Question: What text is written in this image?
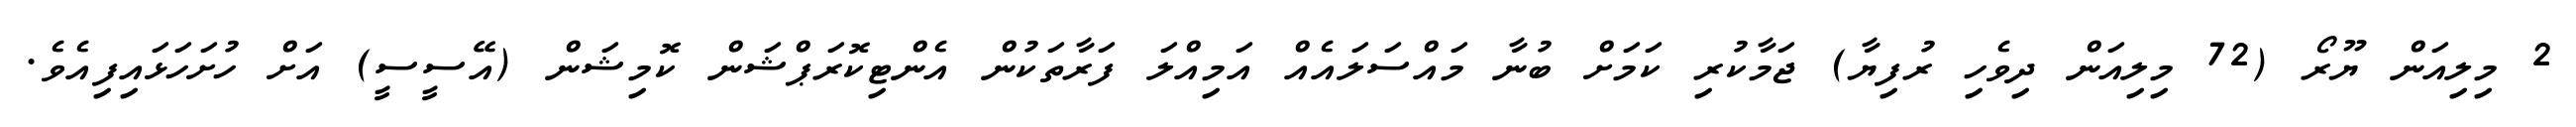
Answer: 2 މިލިއަން ޔޫރޯ (72 މިލިއަން ދިވެހި ރުފިޔާ) ޖަމާކުރި ކަމަށް ބުނާ މައްސަލައެއް އަމިއްލަ ފަރާތަކުން އެންޓިކޮރަޕްޝަން ކޮމިޝަން (އޭސީސީ) އަށް ހުށަހަޅައިފިއެވެ.